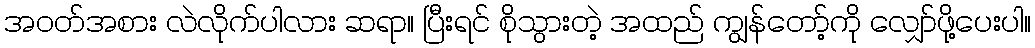
အဝတ်အစား လဲလိုက်ပါလား ဆရာ။ ပြီးရင် စိုသွားတဲ့ အထည် ကျွန်တော့်ကို လျှော်ဖို့ပေးပါ။